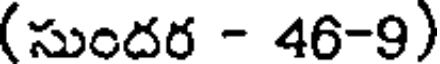
(సుందర - 46-9)